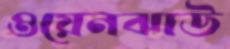
ওয়েনঝাউ